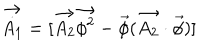
\vec { \dot { A _ { 1 } } } = [ \vec { A _ { 2 } } \vec { \phi ^ { 2 } } - \vec { \phi } ( \vec { A _ { 2 } } \cdot \vec { \phi } ) ]